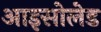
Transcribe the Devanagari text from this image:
आइसोलेड